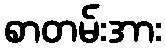
စာတမ်းအား